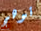
توهج